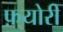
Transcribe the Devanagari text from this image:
फ़्योरी